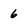
Character: 6